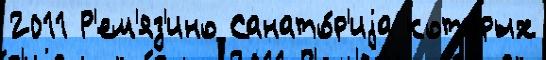
2011 Р'ем'яз'ино Санато́р'иjа кото́рых